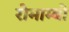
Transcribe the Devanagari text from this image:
रोमाम्बो